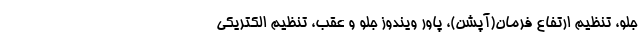
جلو، تنظیم ارتفاع فرمان(آپشن)، پاور ویندوز جلو و عقب، تنظیم الکتریکی